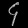
Digit: ၄